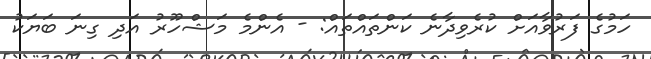
ހަމުގެ ފަރުވާއަށް ކުރެވިދާނެ ކަންތައްތައް: - އެންމެ މަޝްހޫރު އަދި ގިނަ ބަޔަކު